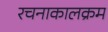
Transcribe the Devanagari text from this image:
रचनाकालक्रम